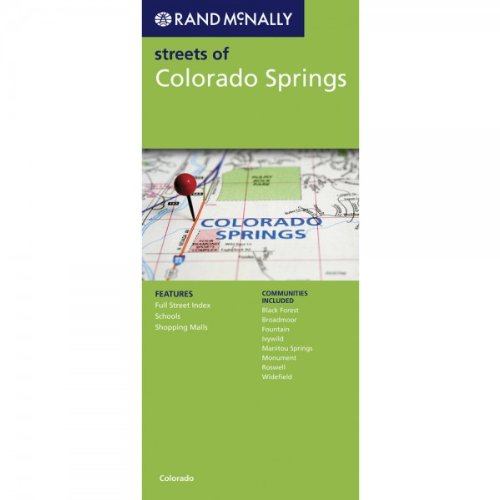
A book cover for Rand McNally Folded Map: Colorado Springs (Rand McNally Colorado Springs Street Guide: Including Pueblo); Rand McNally; Travel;